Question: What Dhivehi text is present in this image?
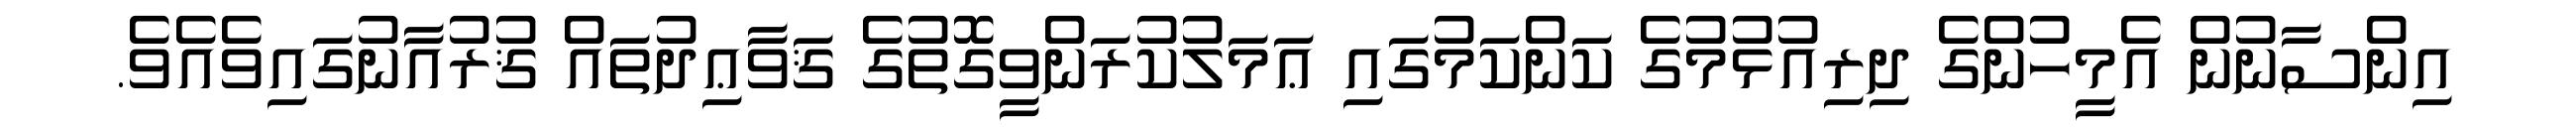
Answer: އިންސާނުން އެމީހުންގެ ދިރިއުޅުމުގެ ކަންކަމުގައި ޢަމަލުކުރަންވީގޮތުގެ ޤަވާޢިދުތައް ޤުރުއާނުގައިވެއެވެ.